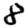
Digit: 8